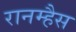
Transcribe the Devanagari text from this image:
रानम्हैस